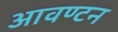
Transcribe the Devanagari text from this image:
आवण्टन